Sanitation, dispensaries and jails vaccination Rajputana 1922-1927 - 1922-1927
Year: 1922
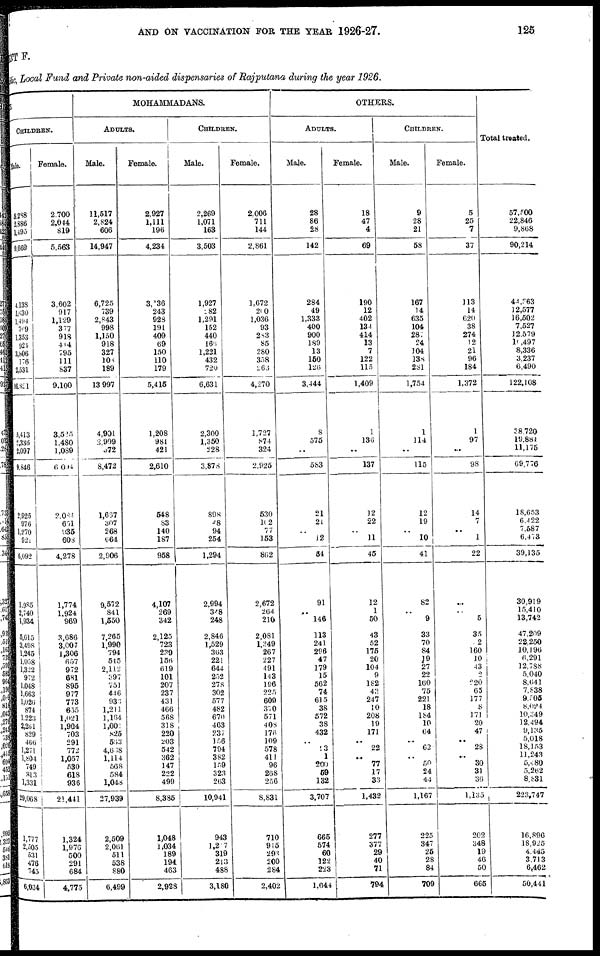
AND ON VACCINATION FOR THE YEAR 1926-27.
125
MENT F.
Public, Local Fund and Private non-aided dispensaries of Rajputana during the year 1926.
DUS.
CHILDREN.
Male.
5,288
2,886
1,495
9,669
4,133
1,630
1,494
769
1,353
924
3,806
176
2,531
16,821
5,413
2,336
2,097
9,846
2,925
976
1,270
921
6,092
1,985
2,740
1,934
5,615
3,498
1,245
1,058
1,322
972
1,048
1,663
1,026
874
1,223
2,261
829
466
1,271
1,804
749
813
1,331
29,068
1,777
2,505
531
476
745
6,034
Female.
2,700
2,044
819
5,563
3,602
917
1,129
377
918
414
795
111
837
9,100
3,525
1,480
1,089
6,004
2,084
651
935
608
4,278
1,774
1,924
969
3,686
3,007
1,306
657
972
681
895
977
773
635
1,021
1,904
703
291
772
1,057
530
618
936
21,441
1,324
1,976
500
291
684
4,775
MOHAMMADANS.
ADULTS.
Male.
11,517
2,824
606
14,947
6,725
739
2,843
998
1,150
918
327
106
189
13,997
4,901
2,909
372
8,472
1,667
307
268
664
2,906
9,572
841
1,550
7,265
1,990
794
545
2,112
397
751
446
933
1,211
1,164
1,001
825
563
4,638
1,114
568
584
1,048
27,939
2,509
2,061
511
538
880
6,499
Female.
2,927
1,111
196
4,234
3,136
243
928
191
409
69
150
110
179
5,415
1,208
981
421
2,610
548
83
140
187
958
4,107
269
342
2,125
723
239
156
619
101
207
237
431
466
568
318
220
203
542
362
147
222
499
8,385
1,048
1,034
189
194
463
2,928
CHILDREN.
Male.
2,269
1,071
163
3,503
1,927
282
1,291
152
440
166
1,221
432
720
6,631
2,300
1,350
228
3,878
898
48
94
254
1,294
2,994
348
248
2,846
1,529
363
221
644
252
278
302
577
482
670
463
237
156
794
382
159
323
263
10,941
943
1,207
319
213
488
3,180
Female.
2,006
711
144
2,861
1,672
200
1,036
93
283
85
280
358
263
4,270
1,727
874
324
2,925
530
102
77
153
862
2,672
264
210
2,081
1,349
267
227
491
143
196
225
609
370
571
408
176
109
578
411
96
268
256
8,831
710
915
293
200
284
2,402
OTHERS.
ADULTS.
Male.
28
86
28
142
284
49
1,333
400
900
189
13
150
126
3,444
8
575
..
583
21
21
..
12
34
91
..
146
113
241
296
47
179
15
562
74
615
38
572
38
432
..
93
1
200
69
132
3,707
665
574
60
122
223
1,644
Female.
18
47
4
69
190
12
402
134
414
13
7
122
115
1,409
1
136
..
137
12
22
..
11
45
12
1
50
43
52
175
20
104
9
182
43
247
10
208
19
171
..
22
..
77
17
33
1,432
277
377
29
40
71
794
CHILDREN.
Male.
9
28
21
58
167
14
635
104
287
24
104
138
281
1,754
1
114
..
115
12
19
..
10
41
82
..
9
33
70
84
19
27
22
160
75
221
18
184
10
64
..
62
..
50
24
44
1,167
225
347
25
28
84
709
Female.
5
25
7
37
113
14
620
38
274
12
21
96
184
1,372
1
97
..
98
14
7
..
1
22
..
..
5
35
2
160
10
43
2
220
65
177
8
171
20
47
..
28
..
30
31
36
1,135
202
348
19
46
50
665
Total treated.
57,500
22,846
9,868
90,214
44,363
12,577
16,502
7,527
12,579
10,497
8,336
3,237
6,490
122,108
38,720
19,881
11,175
69,776
18,653
6,422
7,587
6,473
39,135
30,919
15,410
13,742
47,209
22,250
10,196
6,291
12,788
5,040
8,641
7,838
9,505
8,024
10,349
12,494
9,135
5,018
18,153
11,243
5,480
5,262
8,831
223,747
16,896
18,925
4,445
3,713
6,462
50,441